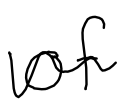
Text: of
Cross-out: wave
Writing tool: digital_black